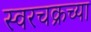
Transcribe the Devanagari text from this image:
स्वरचक्रच्या